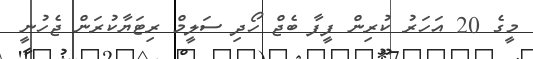
މީގެ 20 އަހަރު ކުރިން ފީފާ ބެޖް ހޯދި ސަލީމް ރިޓަޔާކުރަން ޖެހުނީ